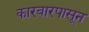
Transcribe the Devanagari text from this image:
कारवारपासून